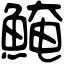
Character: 𩸆